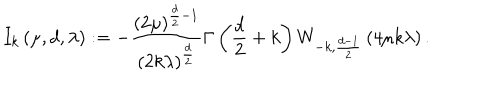
I _ { k } \left( \mu , d , \lambda \right) : = - \frac { \left( 2 \mu \right) ^ { \frac { d } { 2 } - 1 } } { \left( 2 k \lambda \right) ^ { \frac { d } { 2 } } } \Gamma \left( \frac { d } { 2 } + k \right) W _ { - k , \frac { d - 1 } { 2 } } \left( 4 \mu k \lambda \right) .